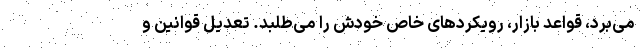
می‌برد، قواعد بازار، رویکردهای خاص خودش را می‌طلبد. تعدیل قوانین و